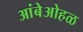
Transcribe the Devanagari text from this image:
आंबेओहळ